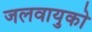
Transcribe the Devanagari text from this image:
जलवायुको